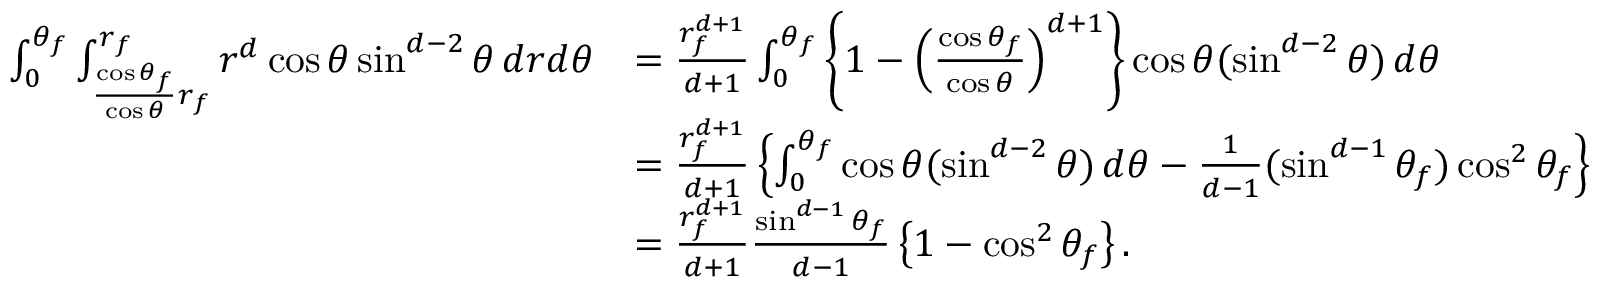
\begin{array} { r l } { \int _ { 0 } ^ { \theta _ { f } } \int _ { \frac { \cos \theta _ { f } } { \cos \theta } r _ { f } } ^ { r _ { f } } r ^ { d } \cos \theta \sin ^ { d - 2 } \theta \, d r d \theta } & { = \frac { r _ { f } ^ { d + 1 } } { d + 1 } \int _ { 0 } ^ { \theta _ { f } } \left\{ 1 - \left( \frac { \cos \theta _ { f } } { \cos \theta } \right) ^ { d + 1 } \right\} \cos \theta ( \sin ^ { d - 2 } \theta ) \, d \theta } \\ & { = \frac { r _ { f } ^ { d + 1 } } { d + 1 } \left\{ \int _ { 0 } ^ { \theta _ { f } } \cos \theta ( \sin ^ { d - 2 } \theta ) \, d \theta - \frac { 1 } { d - 1 } ( \sin ^ { d - 1 } \theta _ { f } ) \cos ^ { 2 } \theta _ { f } \right\} } \\ & { = \frac { r _ { f } ^ { d + 1 } } { d + 1 } \frac { \sin ^ { d - 1 } \theta _ { f } } { d - 1 } \left\{ 1 - \cos ^ { 2 } \theta _ { f } \right\} . } \end{array}